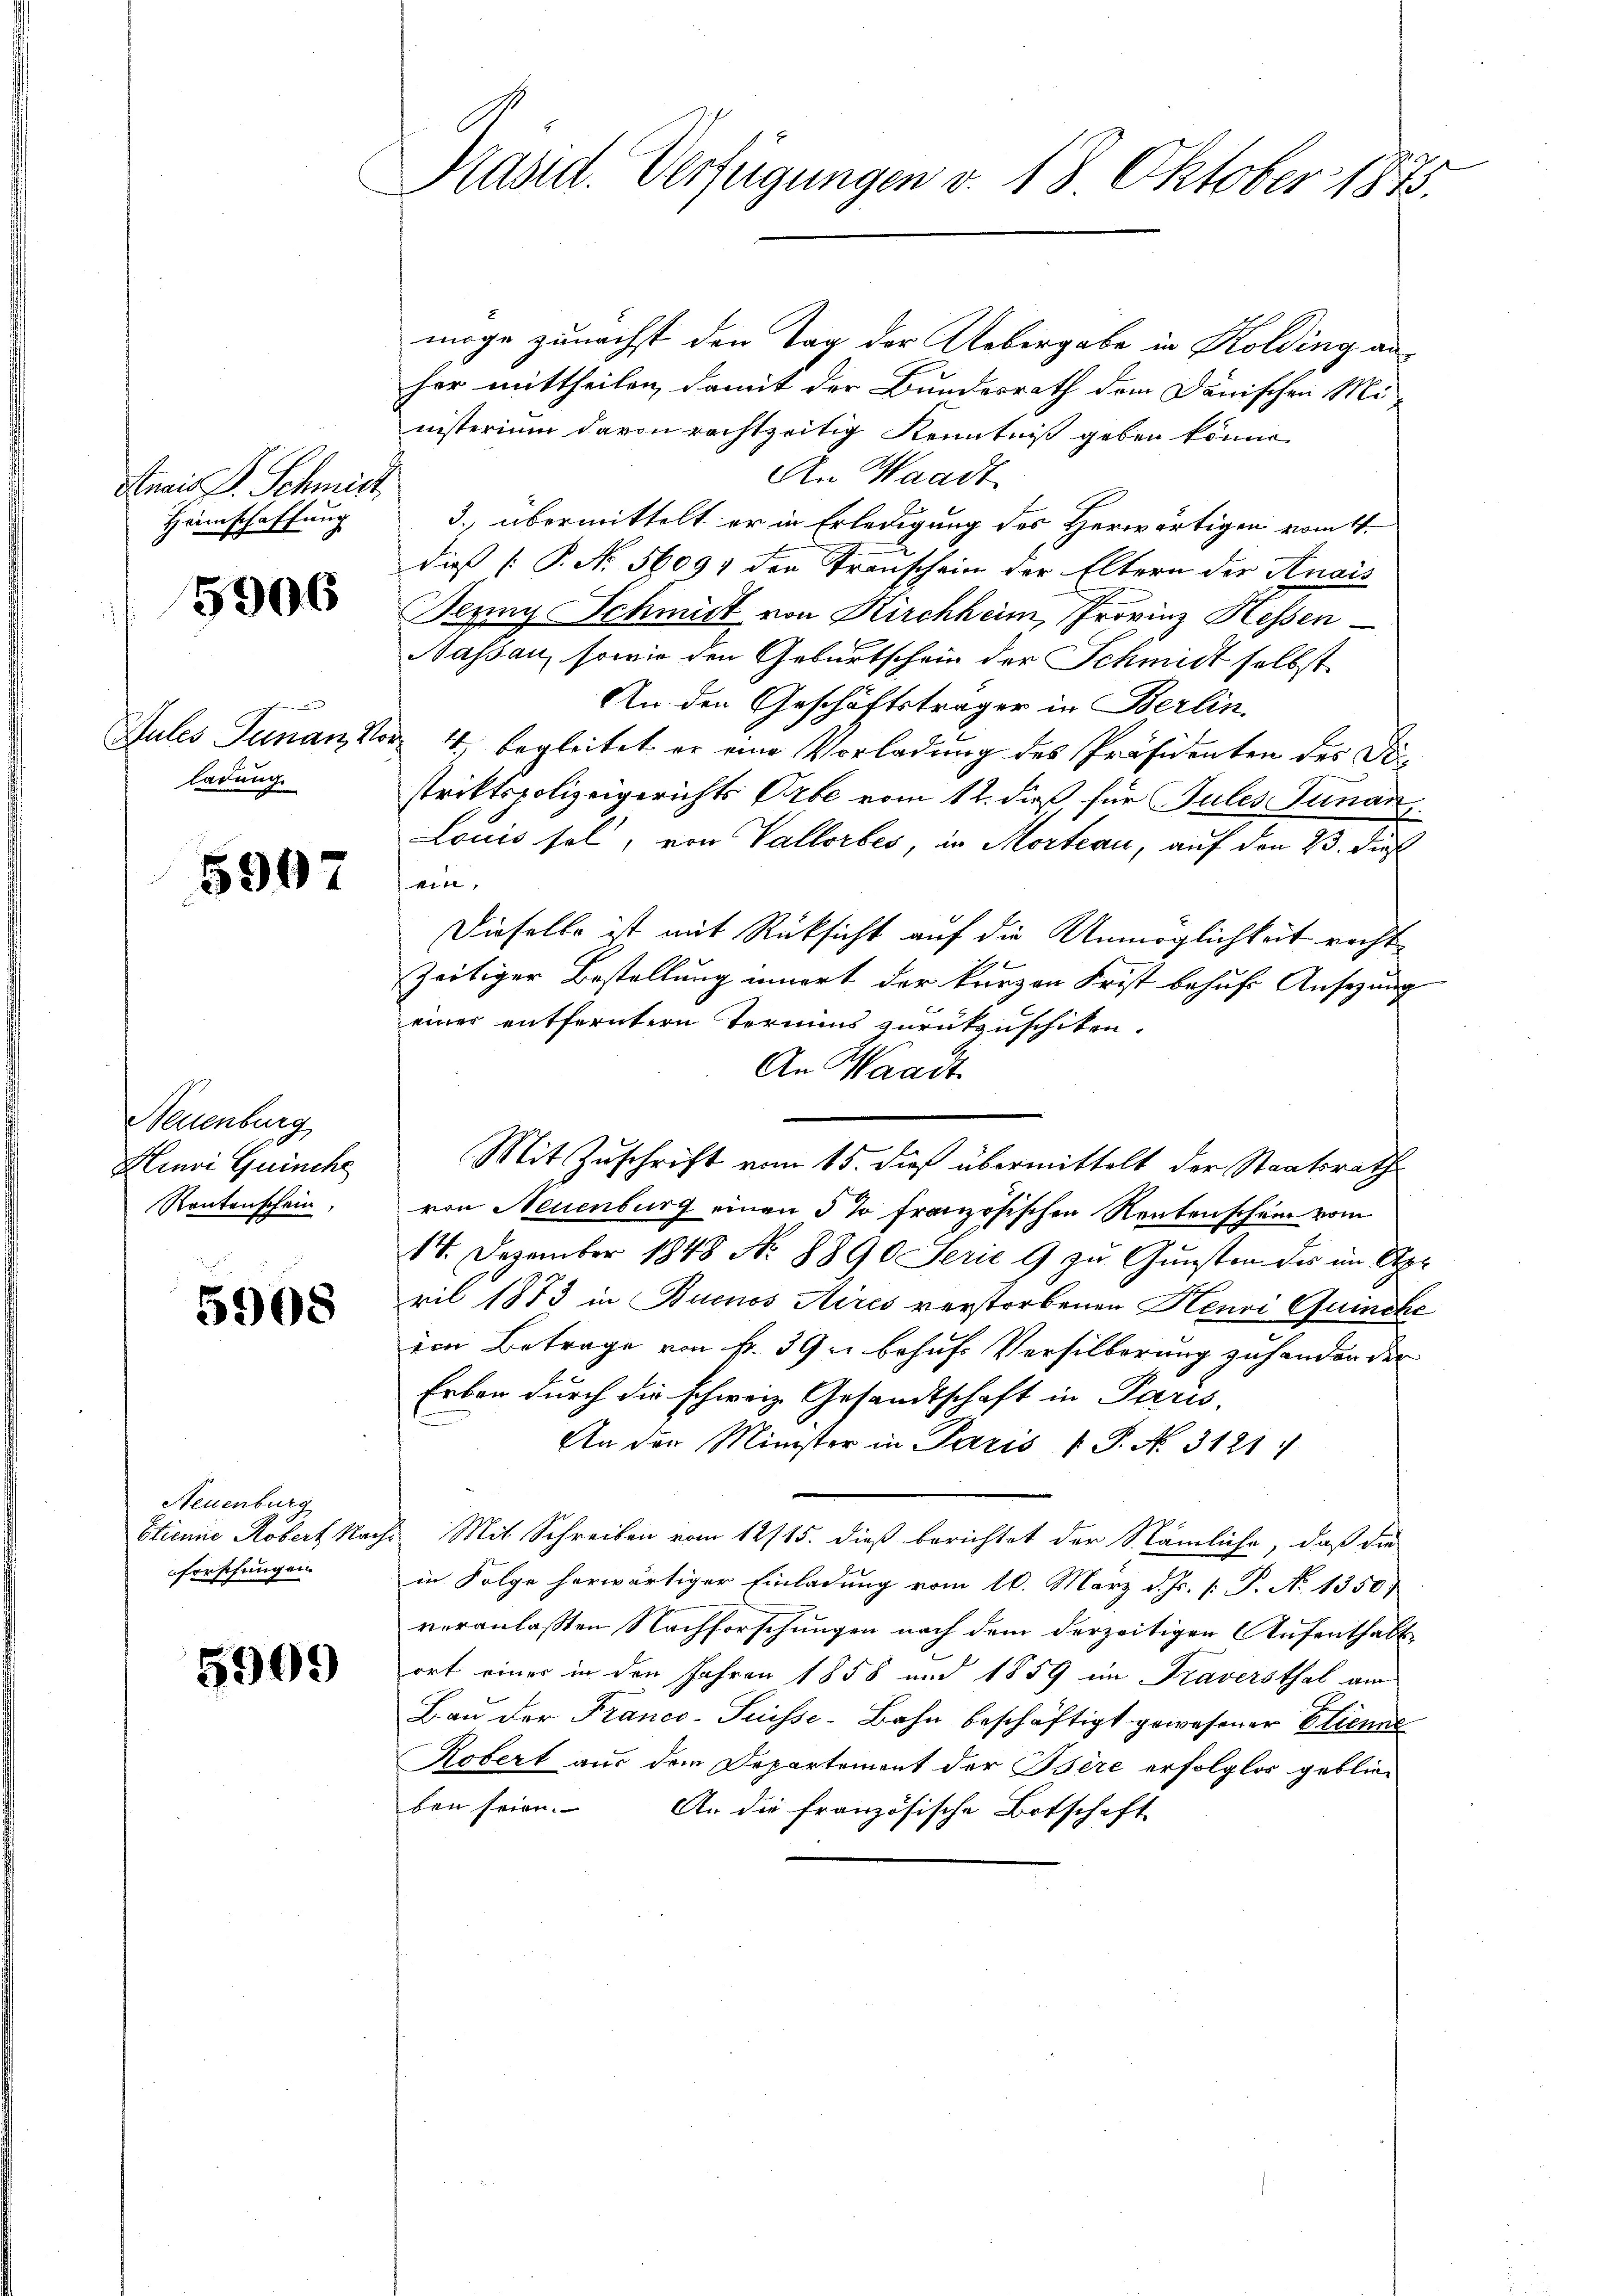
Annis Dr. Schmidt
Heimschaffung

5906

Jules Genan Z
ladung.

5907

Neuenburg
Hiuvi Guinche
Rentenschein,

5908

Neuenburg
forschungen.

5909

2
Kasid. Verfügungen v. 18. Oktober 1875.

möge zunächst den Tag der Uebergabe in Kolding anher mittheilen, damit der Bundesrath dem Dänischen Mi-
nisterium davon rechtzeitig Kenntniß geben könne.
An Waadt
3. übermittelt er in Erledigung des Herwärtigen vom 11.
dieß (: P. No. 56091 den Trauschein der Eltern der Anais
Jenny Schmitt von Kirchheim, Provinz Hessen
Nassau, sowie den Geburtschein der Schmidt selbst
An den Geschäftsträger in Berlin
u
4., begleitet er eine Vorladung des Präsidenten des Distriktspolizeigerichts Orte vom 12. dieß, für Sules Tunan
Louis sel, von Vallorbes, in Mortern, auf den 23. Dies
ein,
Dieselbe ist mit Rücksicht auf die Unmöglichkeit recht
zeitiger Bestellung innert der kurzen Frist behufs Ansezung
einer entferntern Termins zurückzuschiken.
An Waadt
Mit Zuschrift vom 15. dieß übermittelt der Staatsrath
von Neuenburg einen 5 % französischen Rentenschein vom
14. Dezember 1848 No 8890 Serie 9 zu Gunsten des im Apr
ril 1873 in Buenos Aires verstorbenen Henri Quinche
im Betrage von fr. 39 u. behufs Versilberung zuhanden der
Erben durch die schweiz. Gesandtschaft in Paris,
An der Minister in Paris 1 S. Nr. 3121:
Etienne Robert Nachs Mit Schreiben vom 12/15. dieß berichtet der Nämliche, daß die
in Folge herwärtiger Einladung vom 10. März d. Js. [ P. No 1350)
veranlaßten Nachforschungen nach dem derzeitigen Aufenthaltort einer in den Jahren 1858 und 1859 in Traversthal am
Bau der Franco- Puisse-Bahn beschäftigt gewesener Elienal¬
Kobert aus dem Departement der Bsère erfolglos geblieben seien.
An die französische Botschaft